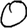
Digit: 0